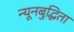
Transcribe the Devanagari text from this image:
न्यूनबुद्धिता